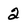
Character: 2